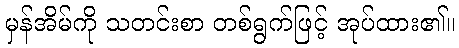
မှန်အိမ်ကို သတင်းစာ တစ်ရွက်ဖြင့် အုပ်ထား၏။